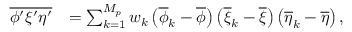
\begin{array} { r l } { \overline { { \phi ^ { \prime } \xi ^ { \prime } \eta ^ { \prime } } } } & { = \sum _ { k = 1 } ^ { M _ { p } } w _ { k } \left( \overline { { \phi } } _ { k } - \overline { { \phi } } \right) \left( \overline { { \xi } } _ { k } - \overline { { \xi } } \right) \left( \overline { { \eta } } _ { k } - \overline { { \eta } } \right) , } \end{array}